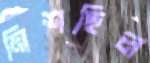
মিশছিল